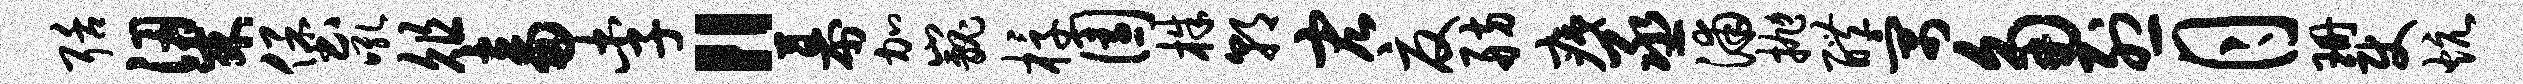
聒梁堡吼俎畜李“幕加巍椁园株朝宏夏舫痍丞浦抛醴寓角烈月珊使炕